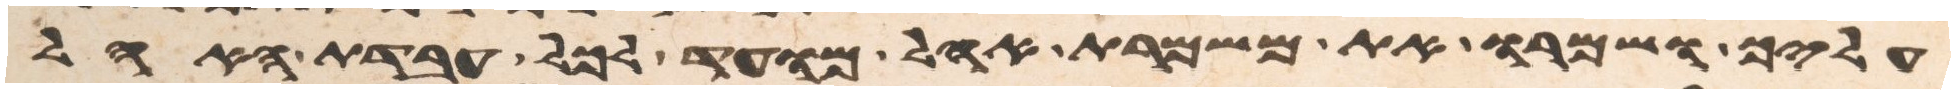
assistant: עליך ושמרו את משמרת אהל מועד לכל עבדת האהל